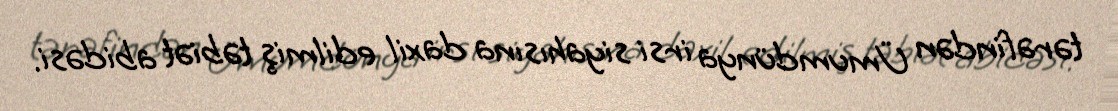
tərəfindən Ümumdünya irsi siyahısına daxil edilmiş təbiət abidəsi.